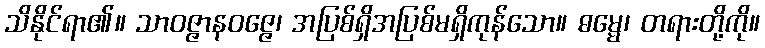
သိနိုင်ရာ၏။ သာဝဇ္ဇာနဝဇ္ဇေ၊ အပြစ်ရှိအပြစ်မရှိကုန်သော။ ဓမ္မေ၊ တရားတို့ကို။